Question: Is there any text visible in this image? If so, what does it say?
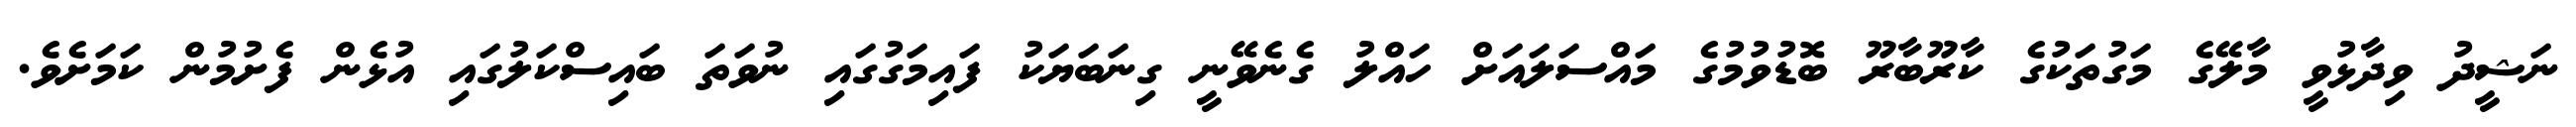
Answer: ނަޝީދު ވިދާޅުވީ މާލޭގެ މަގުތަކުގެ ކާރޫބާރޫ ބޮޑުވުމުގެ މައްސަލައަށް ހައްލު ގެނެވޭނީ ގިނަބަޔަކު ފައިމަގުގައި ނުވަތަ ބައިސްކަލުގައި އުޅެން ފެށުމުން ކަމަށެވެ.